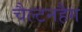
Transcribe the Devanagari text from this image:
चैल्टनहैग